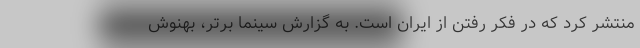
منتشر کرد که در فکر رفتن از ایران است. به گزارش سینما برتر، بهنوش